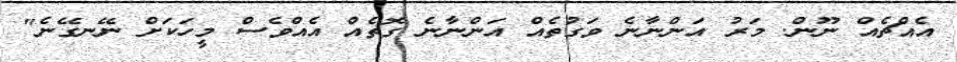
އެއްޗެއް ނޫން. މަރު އަންނާނެ ވަގުތެއް އަންނާނެ ގޮތެއް އެއްވެސް މީހަކަށް ނޭނގޭނެ"